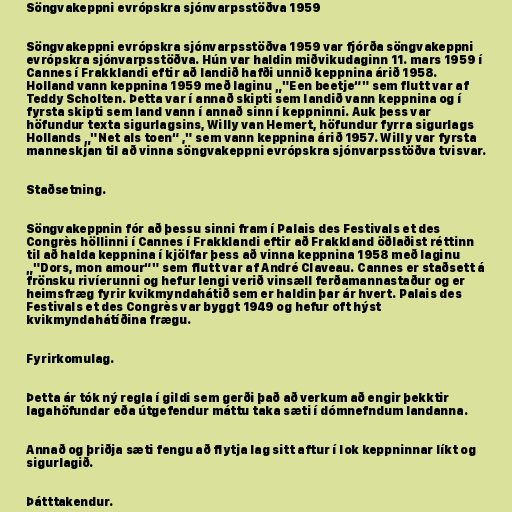
Söngvakeppni evrópskra sjónvarpsstöðva 1959

Söngvakeppni evrópskra sjónvarpsstöðva 1959 var fjórða söngvakeppni
evrópskra sjónvarpsstöðva. Hún var haldin miðvikudaginn 11. mars 1959 í
Cannes í Frakklandi eftir að landið hafði unnið keppnina árið 1958.
Holland vann keppnina 1959 með laginu „"Een beetje“" sem flutt var af
Teddy Scholten. Þetta var í annað skipti sem landið vann keppnina og í
fyrsta skipti sem land vann í annað sinn í keppninni. Auk þess var
höfundur texta sigurlagsins, Willy van Hemert, höfundur fyrra sigurlags
Hollands „"Net als toen“ ," sem vann keppnina árið 1957. Willy var fyrsta
manneskjan til að vinna söngvakeppni evrópskra sjónvarpsstöðva tvisvar.

Staðsetning.

Söngvakeppnin fór að þessu sinni fram í Palais des Festivals et des
Congrès höllinni í Cannes í Frakklandi eftir að Frakkland öðlaðist réttinn
til að halda keppnina í kjölfar þess að vinna keppnina 1958 með laginu
„"Dors, mon amour“" sem flutt var af André Claveau. Cannes er staðsett á
frönsku rivíerunni og hefur lengi verið vinsæll ferðamannastaður og er
heimsfræg fyrir kvikmyndahátið sem er haldin þar ár hvert. Palais des
Festivals et des Congrès var byggt 1949 og hefur oft hýst
kvikmyndahátíðina frægu.

Fyrirkomulag.

Þetta ár tók ný regla í gildi sem gerði það að verkum að engir þekktir
lagahöfundar eða útgefendur máttu taka sæti í dómnefndum landanna.

Annað og þriðja sæti fengu að flytja lag sitt aftur í lok keppninnar líkt og
sigurlagið.

Þátttakendur.